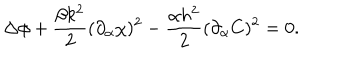
\Delta \phi + \frac { \beta k ^ { 2 } } { 2 } ( \partial _ { \alpha } \chi ) ^ { 2 } - \frac { \alpha h ^ { 2 } } { 2 } ( \partial _ { \alpha } C ) ^ { 2 } = 0 .